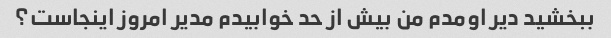
ببخشید دیر اومدم من بیش از حد خوابیدم مدیر امروز اینجاست؟